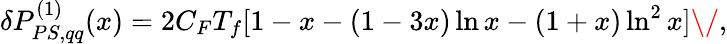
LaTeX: \delta P_{PS,qq}^{(1)}(x)=2C_{F}T_{f}[1-x-(1-3x)\ln x-(1+x)\ln^{2}x]\/ ,